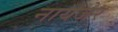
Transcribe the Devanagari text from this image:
नायजेर